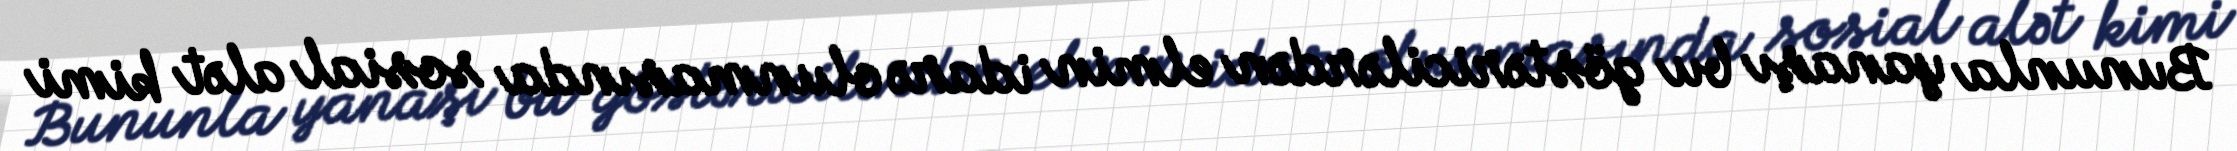
Bununla yanaşı bu göstəricilərdən elmin idarə olunmasında sosial alət kimi